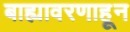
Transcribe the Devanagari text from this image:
बाह्यावरणाहून